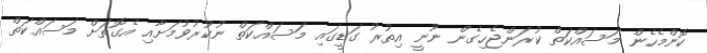
ކޮންމެހެން މަސައްކަތް ކުރަންޖެހިގެން ނޫނީ އިތުރު ގަޑީގައި މަސައްކަތް ނުކުރުވުމަށާއި އެގޮތަށް މަސައްކަތް